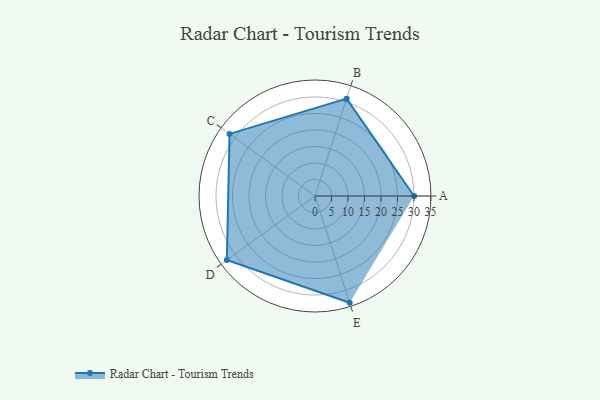
{"axis": {"x": "Skill", "y": "Score"}, "legend": ["Profile"], "data": [{"x": "A", "y": 30.0, "type": "Profile"}, {"x": "B", "y": 31.0, "type": "Profile"}, {"x": "C", "y": 32.0, "type": "Profile"}, {"x": "D", "y": 33.0, "type": "Profile"}, {"x": "E", "y": 34.0, "type": "Profile"}]}